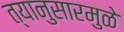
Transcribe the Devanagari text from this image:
त्यानुसारमुळे